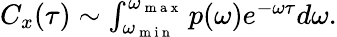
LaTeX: \begin{array}{r}{C_{x}(\tau)\sim\int_{\omega_{\mathrm{~m~i~n~}}}^{\omega_{\mathrm{~m~a~x~}}}p(\omega)e^{-\omega\tau}d\omega.}\end{array}